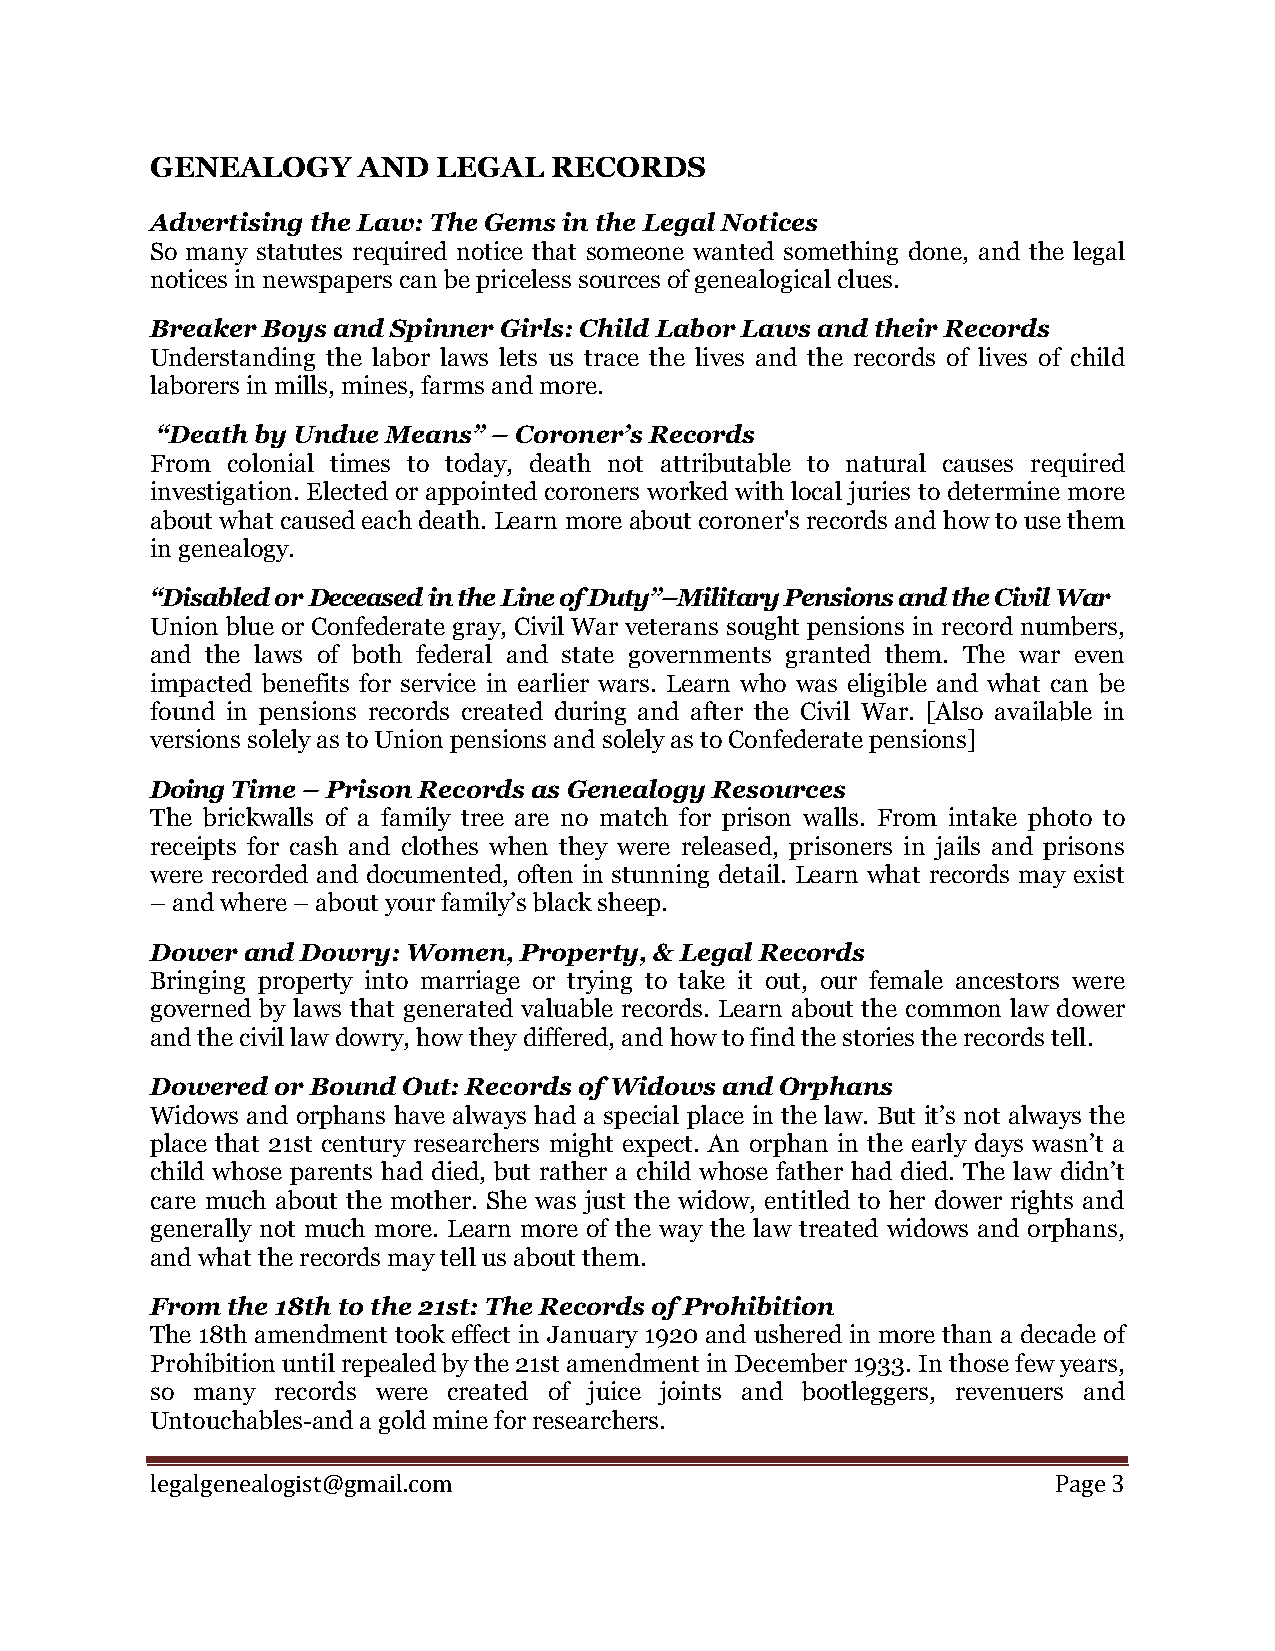
GENEALOGY     AND  LEGAL  RECORDS
 Advertising the Law: The Gems in the Legal Notices
 So many statutes required notice that someone wanted something done, and the legal
 notices in newspapers can be priceless sources of genealogical clues.
 Breaker Boys and Spinner Girls: Child Labor Laws and their Records
 Understanding the labor laws lets us trace the lives and the records of lives of child
 laborers in mills, mines, farms and more.
 “Death by Undue Means” – Coroner’s Records
 From colonial times to today, death not attributable to natural causes required
 investigation. Elected or appointed coroners worked with local juries to determine more
 about what caused each death. Learn more about coroner's records and how to use them
 in genealogy.
 “Disabled or Deceased in the Line of Duty”–Military Pensions and the Civil War
 Union blue or Confederate gray, Civil War veterans sought pensions in record numbers,
 and the laws of both federal and state governments granted them. The war even
 impacted benefits for service in earlier wars. Learn who was eligible and what can be
 found in pensions records created during and after the Civil War. [Also available in
 versions solely as to Union pensions and solely as to Confederate pensions]
 Doing Time – Prison Records as Genealogy Resources
 The brickwalls of a family tree are no match for prison walls. From intake photo to
 receipts for cash and clothes when they were released, prisoners in jails and prisons
 were recorded and documented, often in stunning detail. Learn what records may exist
 – and where – about your family’s black sheep.
 Dower and Dowry: Women, Property, & Legal Records
 Bringing property into marriage or trying to take it out, our female ancestors were
 governed by laws that generated valuable records. Learn about the common law dower
 and the civil law dowry, how they differed, and how to find the stories the records tell.
 Dowered or Bound Out: Records of Widows and Orphans
 Widows and orphans have always had a special place in the law. But it’s not always the
 place that 21st century researchers might expect. An orphan in the early days wasn’t a
 child whose parents had died, but rather a child whose father had died. The law didn’t
 care much about the mother. She was just the widow, entitled to her dower rights and
 generally not much more. Learn more of the way the law treated widows and orphans,
 and what the records may tell us about them.
 From the 18th to the 21st: The Records of Prohibition
 The 18th amendment took effect in January 1920 and ushered in more than a decade of
 Prohibition until repealed by the 21st amendment in December 1933. In those few years,
 so many records were created of juice joints and bootleggers, revenuers and
 Untouchables-and a gold mine for researchers.
 l egalgenealogist@gmail.com                                 Page 3